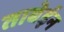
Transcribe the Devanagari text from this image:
ताबेईन